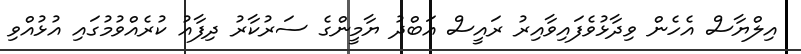
އިލްޔާސް އެހެން ވިދާޅުވެފައިވާއިރު ރައީސް އަބްދު ޔާމީންގެ ސަރުކާރު ދިފާއު ކުރެއްވުމުގައި އުޅުއްވި